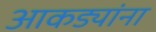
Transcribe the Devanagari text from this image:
आकड्यांना